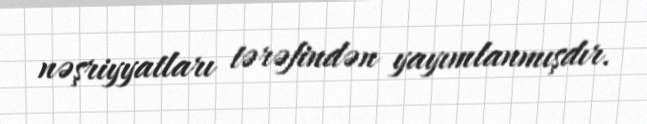
nəşriyyatları tərəfindən yayımlanmışdır.